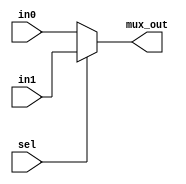
module mux2 (mux_out,in0,in1,sel);
	output [31:0] mux_out;
	input [31:0] in0,in1;
	input sel;
	
	assign mux_out = sel ? in1 : in0;
endmodule

module dmux2 #(parameter n = 32)(dmux_in,out0,out1,sel);
	output [n-1:0] out0,out1;
	input [n-1:0] dmux_in;
	input sel;
	
	assign {out0,out1} = sel ? {{n{1'b0}},dmux_in} : {dmux_in,{n{1'b0}}};
endmodule

module mux3 (mux_out,in0,in1,in2,sel);
	output reg [31:0] mux_out;
	input [31:0] in0,in1,in2;
	input [1:0] sel;
	
	always@(*)
		case (sel)
		2'b00:	mux_out = in0;
		2'b01:	mux_out = in1;
		2'b10:	mux_out = in2;
		2'b11:	mux_out = 32'd0;
		endcase
endmodule